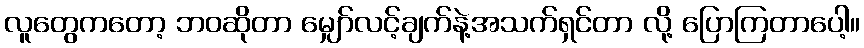
လူတွေကတော့ ဘဝဆိုတာ မျှော်လင့်ချက်နဲ့အသက်ရှင်တာ လို့ ပြောကြတာပေါ့။